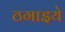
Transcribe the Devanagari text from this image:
ठगाइये